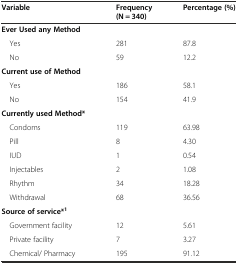
<table><thead><tr><td><b>Variable</b></td><td><b>Frequency (N = 340)</b></td><td><b>Percentage (%)</b></td></tr></thead><tbody><tr><td><b>Ever Used any Method</b></td><td></td><td></td></tr><tr><td> Yes</td><td>281</td><td>87.8</td></tr><tr><td> No</td><td>59</td><td>12.2</td></tr><tr><td><b>Current use of Method</b></td><td></td><td></td></tr><tr><td> Yes</td><td>186</td><td>58.1</td></tr><tr><td> No</td><td>154</td><td>41.9</td></tr><tr><td><b>Currently used Method*</b></td><td></td><td></td></tr><tr><td> Condoms</td><td>119</td><td>63.98</td></tr><tr><td> Pill</td><td>8</td><td>4.30</td></tr><tr><td> IUD</td><td>1</td><td>0.54</td></tr><tr><td> Injectables</td><td>2</td><td>1.08</td></tr><tr><td> Rhythm</td><td>34</td><td>18.28</td></tr><tr><td> Withdrawal</td><td>68</td><td>36.56</td></tr><tr><td><b>Source of service*</b><sup><b>1</b></sup></td><td></td><td></td></tr><tr><td> Government facility</td><td>12</td><td>5.61</td></tr><tr><td> Private facility</td><td>7</td><td>3.27</td></tr><tr><td> Chemical/ Pharmacy</td><td>195</td><td>91.12</td></tr></tbody></table>